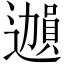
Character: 𫑊